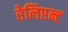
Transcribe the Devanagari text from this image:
रेलिएन्ट